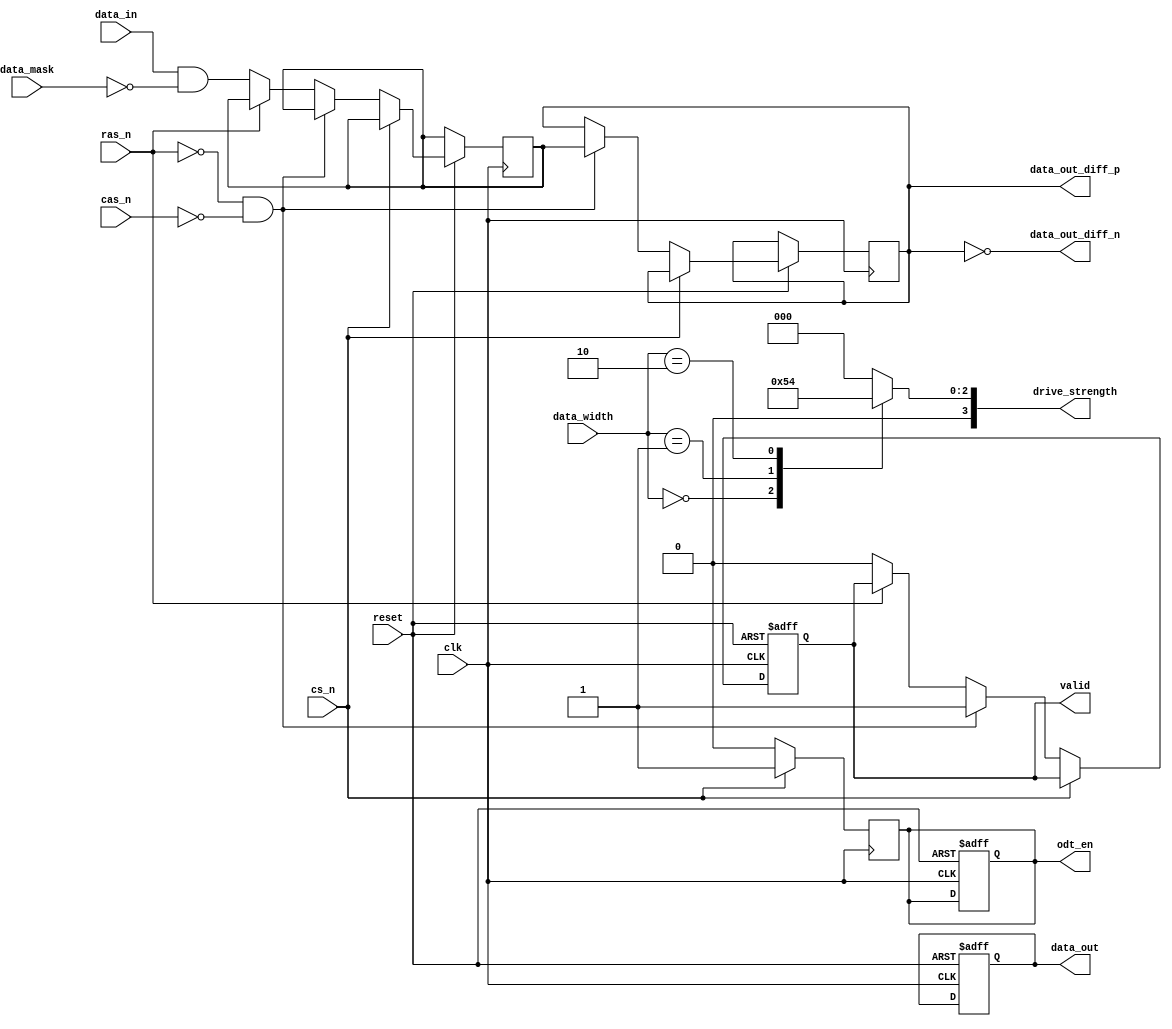
module lpddr5_io_block (
    input wire clk,
    input wire reset,
    input wire [1:0] data_width, // 00: 16-bit, 01: 32-bit, 10: 64-bit
    input wire [63:0] data_in,
    input wire [63:0] data_mask,
    input wire cs_n, // Chip Select (active low)
    input wire ras_n, // Row Address Strobe (active low)
    input wire cas_n, // Column Address Strobe (active low)
    output reg [63:0] data_out,
    output reg valid, // Indicates valid output data
    output reg [63:0] data_out_diff_p, // Differential positive output
    output reg [63:0] data_out_diff_n, // Differential negative output
    output reg odt_en, // On-Die Termination Enable
    output reg [3:0] drive_strength // 4-bit drive strength configuration
);

// Parameters for data width configuration
parameter DATA_WIDTH_16 = 2'b00;
parameter DATA_WIDTH_32 = 2'b01;
parameter DATA_WIDTH_64 = 2'b10;

// Internal signals
reg [63:0] data_reg;
reg [63:0] data_out_temp;

// Drive strength settings
always @(data_width) begin
    case (data_width)
        DATA_WIDTH_16: drive_strength = 4'b0001; // Example drive strength for 16-bit
        DATA_WIDTH_32: drive_strength = 4'b0010; // Example drive strength for 32-bit
        DATA_WIDTH_64: drive_strength = 4'b0100; // Example drive strength for 64-bit
        default: drive_strength = 4'b0000; // Default to 0
    endcase
end

// Read/Write operation handling
always @(posedge clk or negedge reset) begin
    if (!reset) begin
        data_out <= 64'b0;
        valid <= 1'b0;
        odt_en <= 1'b0;
    end else begin
        if (!cs_n) begin // Chip select is active
            if (!ras_n && !cas_n) begin // Read operation
                data_out_temp <= data_reg; // Capture data
                valid <= 1'b1; // Data is valid
            end else if (!ras_n) begin // Write operation
                data_reg <= data_in & ~data_mask; // Mask data and write
                valid <= 1'b0; // Data is not valid during write
            end
        end
    end
end

// Differential output generation (simplified)
always @(data_out_temp) begin
    data_out_diff_p = data_out_temp; // Positive output
    data_out_diff_n = ~data_out_temp; // Negative output (inverted)
end

// ODT enable logic (example condition)
always @(posedge clk) begin
    if (cs_n) begin
        odt_en <= 1'b1; // Enable ODT when chip is inactive
    end else begin
        odt_en <= 1'b0; // Disable ODT when chip is active
    end
end

endmodule